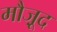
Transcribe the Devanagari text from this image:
मौजू़द